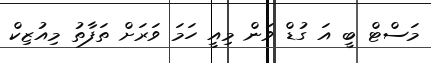
މަސްޓް ބީ އަ ގުޑް ވަން މިއީ ހަމަ ވަރަށް ތަފާތު މިއުޒިކް